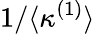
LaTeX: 1/\langle\kappa^{(1)}\rangle